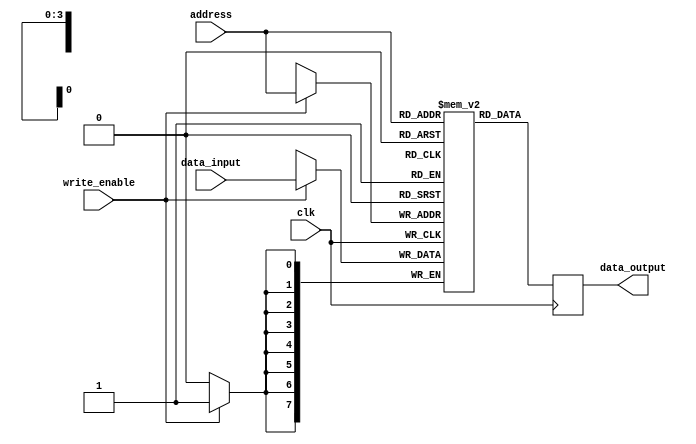
module register_file (
    input wire clk,
    input wire [7:0] data_input,
    input wire write_enable,
    input wire [3:0] address,
    output reg [7:0] data_output
);

reg [7:0] registers [15:0]; // 16 registers with 8-bit data

always @(posedge clk) begin
    if (write_enable) begin
        registers[address] <= data_input;
    end
    data_output <= registers[address];
end

endmodule